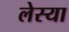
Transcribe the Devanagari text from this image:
लेस्या